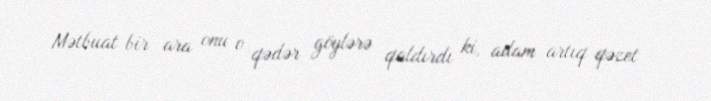
Mətbuat bir ara onu o qədər göylərə qaldırdı ki, adam artıq qəzet